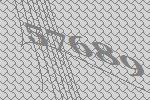
57689